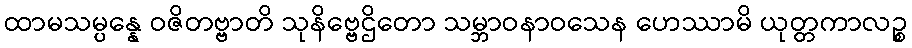
ထာမသမ္ပန္နေ ဝဇိတဗ္ဗာတိ သုနိဗ္ဗေဌိတော သမ္ဘာဝနာဝသေန ဟေဿာမိ ယုတ္တကာလဉ္စ